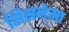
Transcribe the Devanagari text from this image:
सिसनेमा